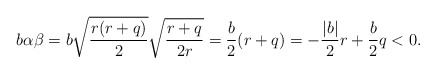
\begin{align*} b\alpha\beta = b\sqrt{\frac{r(r+q)}{2}}\sqrt{\frac{r+q}{2r}} = \frac{b}{2}(r+q) = -\frac{|b|}{2}r+\frac{b}{2}q < 0. \end{align*}